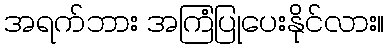
အရက်ဘား အကြံပြုပေးနိုင်လား။